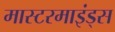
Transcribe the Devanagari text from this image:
मास्टरमाइंड्स